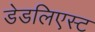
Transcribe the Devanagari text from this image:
डेडलिएस्ट